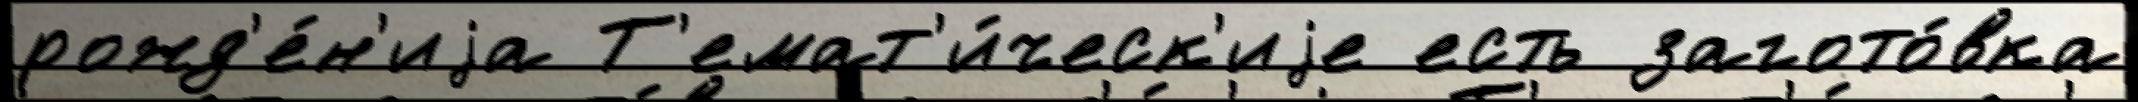
рожд'е́н'иjа Т'емат'и́ческ'иjе есть загото́вка